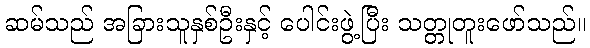
ဆမ်သည် အခြားသူနှစ်ဦးနှင့် ပေါင်းဖွဲ့ပြီး သတ္တုတူးဖော်သည်။